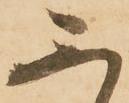
不